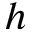
h